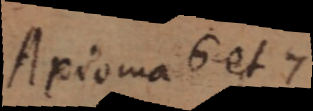
Axioma 6 et 7